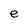
Character: e